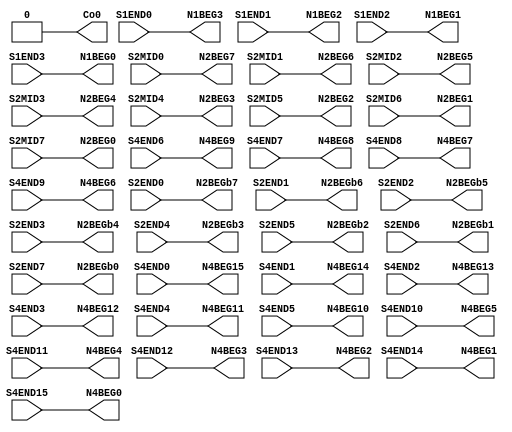
// Copyright 2021 University of Manchester
//
// Licensed under the Apache License, Version 2.0 (the "License");
// you may not use this file except in compliance with the License.
// You may obtain a copy of the License at
//
//      http://www.apache.org/licenses/LICENSE-2.0
//
// Unless required by applicable law or agreed to in writing, software
// distributed under the License is distributed on an "AS IS" BASIS,
// WITHOUT WARRANTIES OR CONDITIONS OF ANY KIND, either express or implied.
// See the License for the specific language governing permissions and
// limitations under the License.

//NumberOfConfigBits:0
module S_term_single_switch_matrix (S1END0, S1END1, S1END2, S1END3, S2MID0, S2MID1, S2MID2, S2MID3, S2MID4, S2MID5, S2MID6, S2MID7, S2END0, S2END1, S2END2, S2END3, S2END4, S2END5, S2END6, S2END7, S4END0, S4END1, S4END2, S4END3, S4END4, S4END5, S4END6, S4END7, S4END8, S4END9, S4END10, S4END11, S4END12, S4END13, S4END14, S4END15, N1BEG0, N1BEG1, N1BEG2, N1BEG3, N2BEG0, N2BEG1, N2BEG2, N2BEG3, N2BEG4, N2BEG5, N2BEG6, N2BEG7, N2BEGb0, N2BEGb1, N2BEGb2, N2BEGb3, N2BEGb4, N2BEGb5, N2BEGb6, N2BEGb7, N4BEG0, N4BEG1, N4BEG2, N4BEG3, N4BEG4, N4BEG5, N4BEG6, N4BEG7, N4BEG8, N4BEG9, N4BEG10, N4BEG11, N4BEG12, N4BEG13, N4BEG14, N4BEG15, Co0);
	parameter NoConfigBits = 0;
	 // switch matrix inputs
	input S1END0;
	input S1END1;
	input S1END2;
	input S1END3;
	input S2MID0;
	input S2MID1;
	input S2MID2;
	input S2MID3;
	input S2MID4;
	input S2MID5;
	input S2MID6;
	input S2MID7;
	input S2END0;
	input S2END1;
	input S2END2;
	input S2END3;
	input S2END4;
	input S2END5;
	input S2END6;
	input S2END7;
	input S4END0;
	input S4END1;
	input S4END2;
	input S4END3;
	input S4END4;
	input S4END5;
	input S4END6;
	input S4END7;
	input S4END8;
	input S4END9;
	input S4END10;
	input S4END11;
	input S4END12;
	input S4END13;
	input S4END14;
	input S4END15;
	output N1BEG0;
	output N1BEG1;
	output N1BEG2;
	output N1BEG3;
	output N2BEG0;
	output N2BEG1;
	output N2BEG2;
	output N2BEG3;
	output N2BEG4;
	output N2BEG5;
	output N2BEG6;
	output N2BEG7;
	output N2BEGb0;
	output N2BEGb1;
	output N2BEGb2;
	output N2BEGb3;
	output N2BEGb4;
	output N2BEGb5;
	output N2BEGb6;
	output N2BEGb7;
	output N4BEG0;
	output N4BEG1;
	output N4BEG2;
	output N4BEG3;
	output N4BEG4;
	output N4BEG5;
	output N4BEG6;
	output N4BEG7;
	output N4BEG8;
	output N4BEG9;
	output N4BEG10;
	output N4BEG11;
	output N4BEG12;
	output N4BEG13;
	output N4BEG14;
	output N4BEG15;
	output Co0;
	//global


	parameter GND0 = 1'b0;
	parameter GND = 1'b0;
	parameter VCC0 = 1'b1;
	parameter VCC = 1'b1;
	parameter VDD0 = 1'b1;
	parameter VDD = 1'b1;
	
	wire [1 -1:0]N1BEG0_input;
	wire [1 -1:0]N1BEG1_input;
	wire [1 -1:0]N1BEG2_input;
	wire [1 -1:0]N1BEG3_input;
	wire [1 -1:0]N2BEG0_input;
	wire [1 -1:0]N2BEG1_input;
	wire [1 -1:0]N2BEG2_input;
	wire [1 -1:0]N2BEG3_input;
	wire [1 -1:0]N2BEG4_input;
	wire [1 -1:0]N2BEG5_input;
	wire [1 -1:0]N2BEG6_input;
	wire [1 -1:0]N2BEG7_input;
	wire [1 -1:0]N2BEGb0_input;
	wire [1 -1:0]N2BEGb1_input;
	wire [1 -1:0]N2BEGb2_input;
	wire [1 -1:0]N2BEGb3_input;
	wire [1 -1:0]N2BEGb4_input;
	wire [1 -1:0]N2BEGb5_input;
	wire [1 -1:0]N2BEGb6_input;
	wire [1 -1:0]N2BEGb7_input;
	wire [1 -1:0]N4BEG0_input;
	wire [1 -1:0]N4BEG1_input;
	wire [1 -1:0]N4BEG2_input;
	wire [1 -1:0]N4BEG3_input;
	wire [1 -1:0]N4BEG4_input;
	wire [1 -1:0]N4BEG5_input;
	wire [1 -1:0]N4BEG6_input;
	wire [1 -1:0]N4BEG7_input;
	wire [1 -1:0]N4BEG8_input;
	wire [1 -1:0]N4BEG9_input;
	wire [1 -1:0]N4BEG10_input;
	wire [1 -1:0]N4BEG11_input;
	wire [1 -1:0]N4BEG12_input;
	wire [1 -1:0]N4BEG13_input;
	wire [1 -1:0]N4BEG14_input;
	wire [1 -1:0]N4BEG15_input;
	wire [1 -1:0]Co0_input;


// The configuration bits (if any) are just a long shift register

// This shift register is padded to an even number of flops/latches
// switch matrix multiplexer  N1BEG0 		MUX-1
	assign N1BEG0 = S1END3;
// switch matrix multiplexer  N1BEG1 		MUX-1
	assign N1BEG1 = S1END2;
// switch matrix multiplexer  N1BEG2 		MUX-1
	assign N1BEG2 = S1END1;
// switch matrix multiplexer  N1BEG3 		MUX-1
	assign N1BEG3 = S1END0;
// switch matrix multiplexer  N2BEG0 		MUX-1
	assign N2BEG0 = S2MID7;
// switch matrix multiplexer  N2BEG1 		MUX-1
	assign N2BEG1 = S2MID6;
// switch matrix multiplexer  N2BEG2 		MUX-1
	assign N2BEG2 = S2MID5;
// switch matrix multiplexer  N2BEG3 		MUX-1
	assign N2BEG3 = S2MID4;
// switch matrix multiplexer  N2BEG4 		MUX-1
	assign N2BEG4 = S2MID3;
// switch matrix multiplexer  N2BEG5 		MUX-1
	assign N2BEG5 = S2MID2;
// switch matrix multiplexer  N2BEG6 		MUX-1
	assign N2BEG6 = S2MID1;
// switch matrix multiplexer  N2BEG7 		MUX-1
	assign N2BEG7 = S2MID0;
// switch matrix multiplexer  N2BEGb0 		MUX-1
	assign N2BEGb0 = S2END7;
// switch matrix multiplexer  N2BEGb1 		MUX-1
	assign N2BEGb1 = S2END6;
// switch matrix multiplexer  N2BEGb2 		MUX-1
	assign N2BEGb2 = S2END5;
// switch matrix multiplexer  N2BEGb3 		MUX-1
	assign N2BEGb3 = S2END4;
// switch matrix multiplexer  N2BEGb4 		MUX-1
	assign N2BEGb4 = S2END3;
// switch matrix multiplexer  N2BEGb5 		MUX-1
	assign N2BEGb5 = S2END2;
// switch matrix multiplexer  N2BEGb6 		MUX-1
	assign N2BEGb6 = S2END1;
// switch matrix multiplexer  N2BEGb7 		MUX-1
	assign N2BEGb7 = S2END0;
// switch matrix multiplexer  N4BEG0 		MUX-1
	assign N4BEG0 = S4END15;
// switch matrix multiplexer  N4BEG1 		MUX-1
	assign N4BEG1 = S4END14;
// switch matrix multiplexer  N4BEG2 		MUX-1
	assign N4BEG2 = S4END13;
// switch matrix multiplexer  N4BEG3 		MUX-1
	assign N4BEG3 = S4END12;
// switch matrix multiplexer  N4BEG4 		MUX-1
	assign N4BEG4 = S4END11;
// switch matrix multiplexer  N4BEG5 		MUX-1
	assign N4BEG5 = S4END10;
// switch matrix multiplexer  N4BEG6 		MUX-1
	assign N4BEG6 = S4END9;
// switch matrix multiplexer  N4BEG7 		MUX-1
	assign N4BEG7 = S4END8;
// switch matrix multiplexer  N4BEG8 		MUX-1
	assign N4BEG8 = S4END7;
// switch matrix multiplexer  N4BEG9 		MUX-1
	assign N4BEG9 = S4END6;
// switch matrix multiplexer  N4BEG10 		MUX-1
	assign N4BEG10 = S4END5;
// switch matrix multiplexer  N4BEG11 		MUX-1
	assign N4BEG11 = S4END4;
// switch matrix multiplexer  N4BEG12 		MUX-1
	assign N4BEG12 = S4END3;
// switch matrix multiplexer  N4BEG13 		MUX-1
	assign N4BEG13 = S4END2;
// switch matrix multiplexer  N4BEG14 		MUX-1
	assign N4BEG14 = S4END1;
// switch matrix multiplexer  N4BEG15 		MUX-1
	assign N4BEG15 = S4END0;
// switch matrix multiplexer  Co0 		MUX-1
	assign Co0 = GND0;

endmodule